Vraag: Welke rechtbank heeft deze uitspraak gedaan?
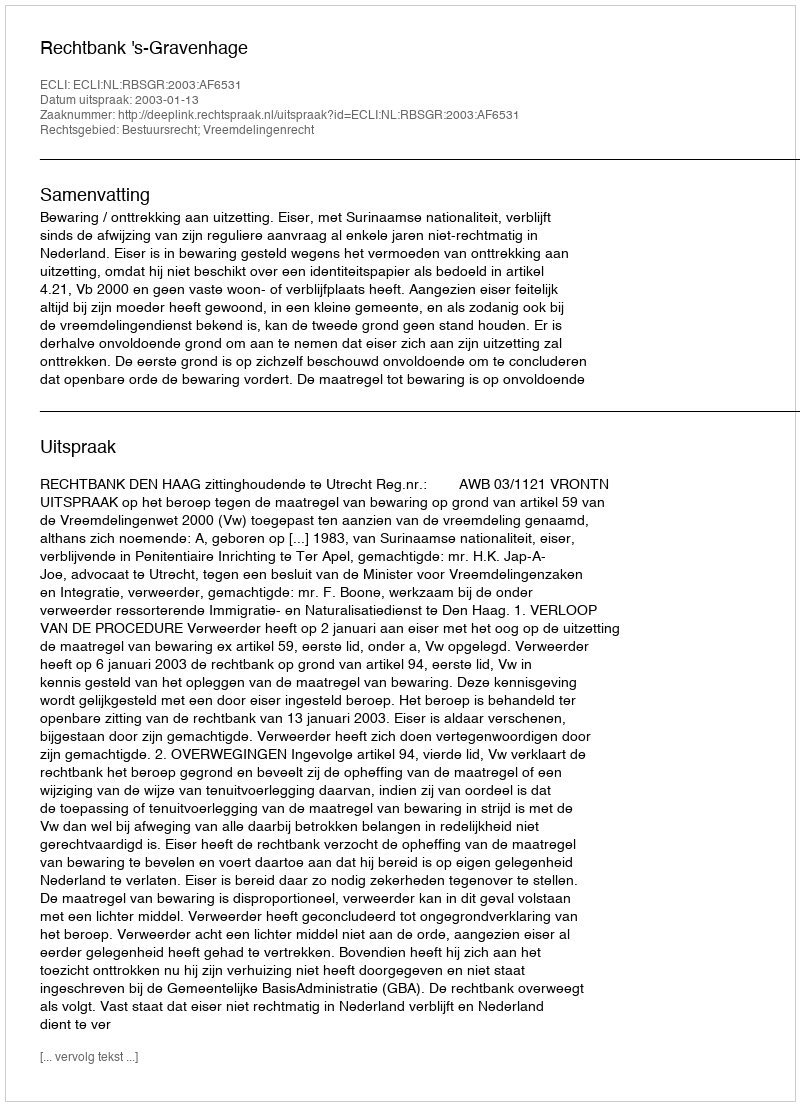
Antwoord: Rechtbank 's-Gravenhage